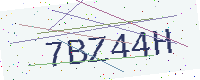
Text: 7BZ44H